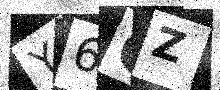
Text: Y6CZ